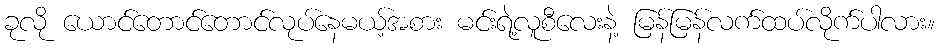
ခုလို ယောင်တောင်တောင်လုပ်နေမယ့်အစား မင်းရဲ့လူစီလေးနဲ့ မြန်မြန်လက်ထပ်လိုက်ပါလား။